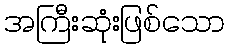
အကြီးဆုံးဖြစ်သော